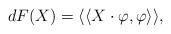
LaTeX: \begin{align*}dF(X) = \langle\langle X \cdot \varphi , \varphi \rangle\rangle,\end{align*}